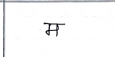
मजकूर: म